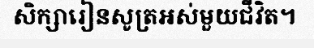
សិក្សារៀនសូត្រអស់មួយជីវិត។